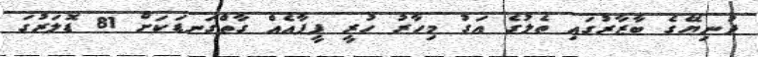
ދުނިޔޭގެ ބާޒާރުގައި ތެލުގެ އަގު މިހާރު ހުރީ ފީފާއެއް ގާތްގަނޑަކަށް 81 ޑޮލަރުގަ